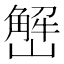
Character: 𱜒